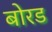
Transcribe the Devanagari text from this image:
बोरड